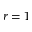
r = 1